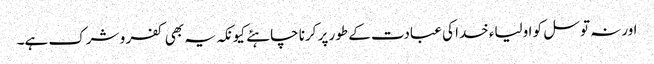
اورنہ توسل کو اولیاء خدا کی عبادت کے طور پر کرنا چاہئے کیونکہ یہ بھی کفر و شرک ہے۔